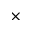
\times